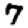
Digit: 7